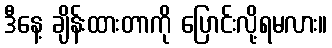
ဒီနေ့ ချိန်းထားတာကို ပြောင်းလို့ရမလား။